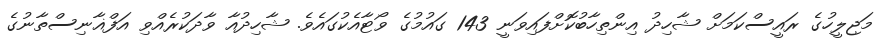
މަޖިލީހުގެ ރައީސްކަމަށް ޝާހިދު އިންތިހާބުކޮށްފައިވަނީ 143 ގައުމުގެ ވޯޓާއެކުގައެވެ. ޝާހިދުއާ ވާދަކުރެއްވި އަފްޣާނިސްތާނުގެ